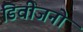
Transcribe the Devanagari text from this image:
डिवीजनो